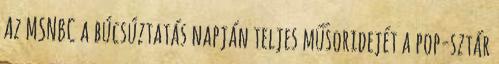
Az MSNBC a búcsúztatás napján teljes műsoridejét a pop-sztár